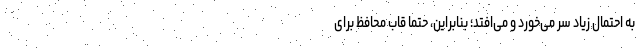
به احتمال زیاد سُر می‌خورد و می‌افتد؛ بنابراین، حتما قاب محافظ برای